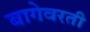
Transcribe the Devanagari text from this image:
बागेवरती